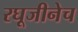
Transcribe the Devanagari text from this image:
रघूजीनेच